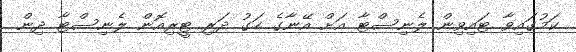
ކަމުގައިވާ ޓައިވިން ލެނިސްޓާ އަށް އޭނާގެ ހަގު ދަރި ޓީރިއޮން ލެނިސްޓާ ދިން